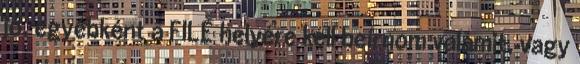
jó. egyébként a FILE helyére kell beírnom valamit, vagy